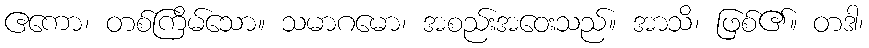
ဧကော၊ တစ်ကြိမ်သော။ သမာဂမော၊ အစည်းအဝေးသည်။ အာသိ၊ ဖြစ်၏။ တဒါ၊